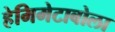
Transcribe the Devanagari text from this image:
हेमिमेटाबोला